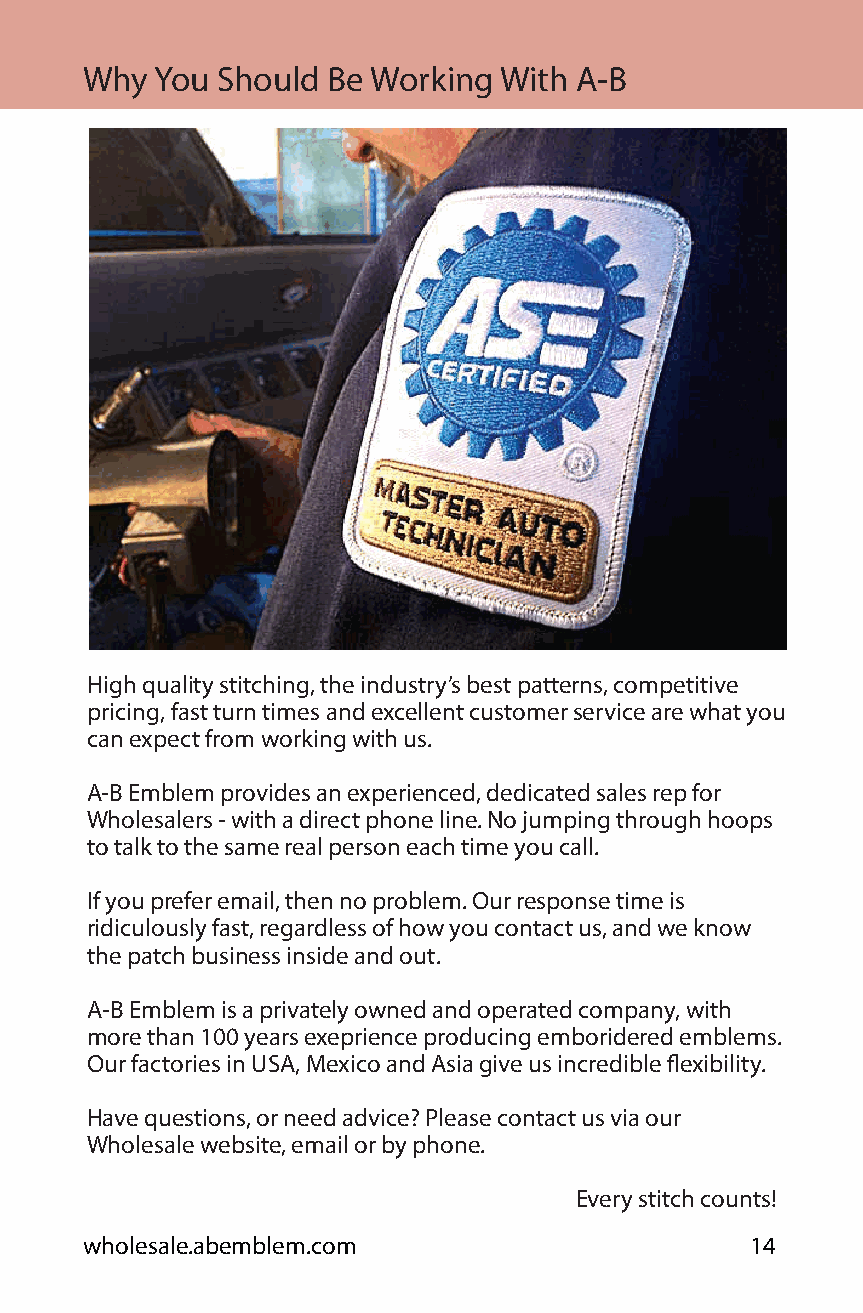
Why You Should  Be Working With A-B
 High quality stitching, the industry’s best patterns, competitive
 pricing, fast turn times and excellent customer service are what you
 can expect from working with us.
 A-B Emblem provides an experienced, dedicated sales rep for
 Wholesalers - with a direct phone line. No jumping through hoops
 to talk to the same real person each time you call.
 If you prefer email, then no problem. Our response time is
 ridiculously fast, regardless of how you contact us, and we know
 the patch business inside and out.
 A-B Emblem is a privately owned and operated company, with
 more than 100 years exeprience producing emboridered emblems.
 Our factories in USA, Mexico and Asia give us incredible flexibility.
 Have questions, or need advice? Please contact us via our
 Wholesale website, email or by phone.
 Every stitch counts!
 wholesale.abemblem.com                      14